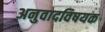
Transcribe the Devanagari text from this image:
अनुवादविषयक